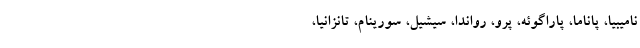
نامیبیا، پاناما، پاراگوئه، پرو، رواندا، سیشیل، سورینام، تانزانیا،